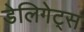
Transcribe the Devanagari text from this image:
डेलिगेट्स